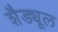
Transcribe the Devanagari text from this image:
शैड्यूल